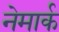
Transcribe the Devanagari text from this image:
नेमार्क